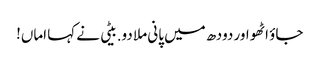
جاؤ اٹھو اور دودھ میں پانی ملا دو.بیٹی نے کہا اماں!